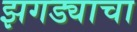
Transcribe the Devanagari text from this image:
झगड्याचा